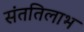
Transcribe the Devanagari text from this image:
संततिलाभ